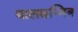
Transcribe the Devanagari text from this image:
बालसन्मित्र